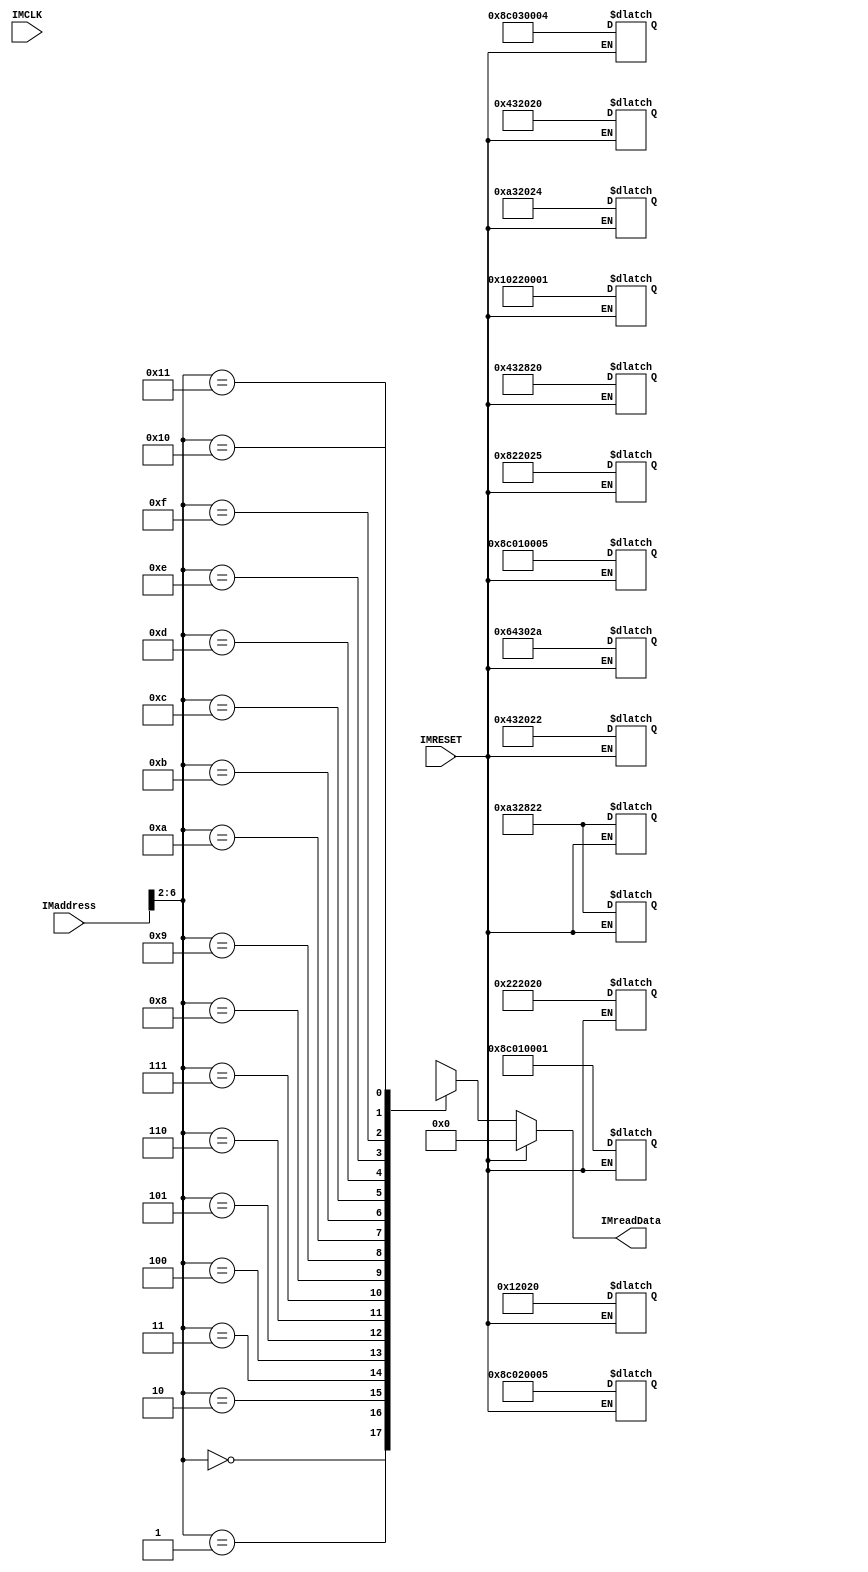
`timescale 1ns / 1ps
//////////////////////////////////////////////////////////////////////////////////
// Company: 
// Engineer: 
// 
// Design Name: 
// Module Name:    InstructionMemory 
// Project Name: 
// Target Devices: 
// Tool versions: 
// Description: 
//
// Dependencies: 
//
// Revision: 
// Revision 0.01 - File Created
// Additional Comments: 
//
//////////////////////////////////////////////////////////////////////////////////
module InstructionMemory(IMaddress,IMCLK,IMRESET,IMreadData);
    input [31:0]IMaddress;
	 input IMCLK;
	 input IMRESET;
	 output [31:0]  IMreadData;
	 reg [31:0] memBuffer[0:17];
	 reg [31:0] IMreadData;
	 
	 always @(IMRESET)
	   begin
		if (IMRESET==1) 
			begin
        memBuffer[1]=32'b10001100000000010000000000000001;//lw $1,1($0) 
		  memBuffer[2]=32'b00000000000000010010000000100000;//$4=$1+$0
		  memBuffer[3]=32'b10001100000000100000000000000101;//lw $2,5(0) 
        memBuffer[4]=32'b10001100000000110000000000000100;//lw $3,4(0) 
		  memBuffer[5]=32'b00000000010000110010100000100000;//$5=$2+$3
		  memBuffer[6]=32'b00000000101000110010100000100010;//$5=$5-$3
        memBuffer[7]=32'b00000000001000100010000000100000;//$4=$1+$2
        memBuffer[8]=32'b00000000101000110010100000100010;//$5=$5-$3
        memBuffer[9]=32'b00000000101000110010000000100100;//$4=$5 and $3
        memBuffer[10]=32'b10001100000000010000000000000101;//lw $1,1($0)
        memBuffer[11]=32'b00010000001000100000000000000001;//beq $1,S2,3
        memBuffer[12]=32'b00000000010000110010000000100000;//$4=$2+$3
        memBuffer[13]=32'b00000000010000110010000000100010;//$4=$2-$3
        memBuffer[14]=32'b00000000100000100010000000100101;//$4=$4 or $2
        memBuffer[15]=32'b00000000011001000011000000101010;//$6=$3 < $4
        end
	  end
	  always@(IMaddress or IMRESET)
	  begin
	     if (IMRESET == 0) IMreadData= memBuffer[IMaddress>>2];
		  else IMreadData=0;
	  end
	  

endmodule